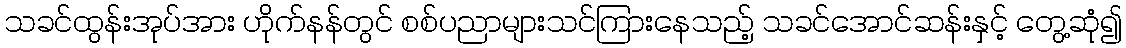
သခင်ထွန်းအုပ်အား ဟိုက်နန်တွင် စစ်ပညာများသင်ကြားနေသည့် သခင်အောင်ဆန်းနှင့် တွေ့ဆုံ၍